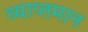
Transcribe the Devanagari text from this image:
व्याप्तमान